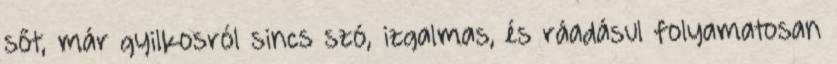
sőt, már gyilkosról sincs szó, izgalmas, és ráadásul folyamatosan